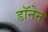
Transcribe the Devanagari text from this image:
डॉनेन